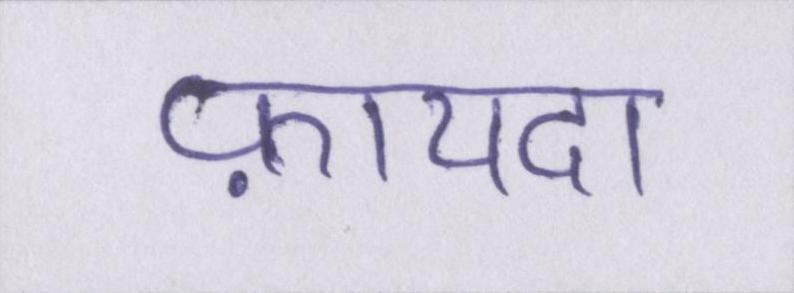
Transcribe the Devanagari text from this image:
फ़ायदा